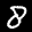
Label: 8